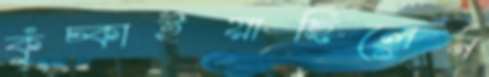
কুঁচ্‌কাইয়াছিলেন